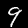
Digit: 9